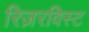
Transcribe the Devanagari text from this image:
रिज़रविस्ट